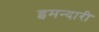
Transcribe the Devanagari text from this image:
इमन्दारी